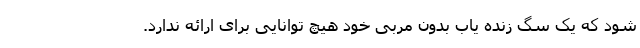
شود که یک سگ زنده یاب بدون مربی خود هیچ توانایی برای ارائه ندارد.